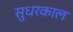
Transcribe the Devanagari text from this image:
सुधरकाल